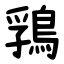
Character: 䳕